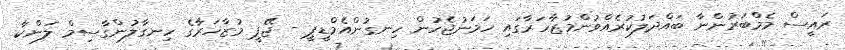
ރައީސް މެމްބަރުންނާ ބައްދަލުކުރެއްވުންމުޒާހަރާގައި ހަމަނުޖެހުން ހިނގުންއެމްޑީޕީ - ޖޭޕީ މުޒާހަރާގެ ހިނގާލުންގާސިމް ލަންކާ